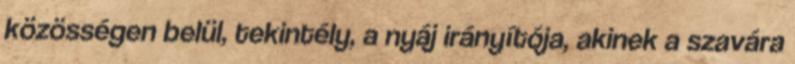
közösségen belül, tekintély, a nyáj irányítója, akinek a szavára